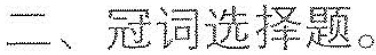
二、冠词选择题。